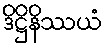
ဒိဋ္ဌိနိဿယံ